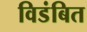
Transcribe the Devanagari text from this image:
विडंबित